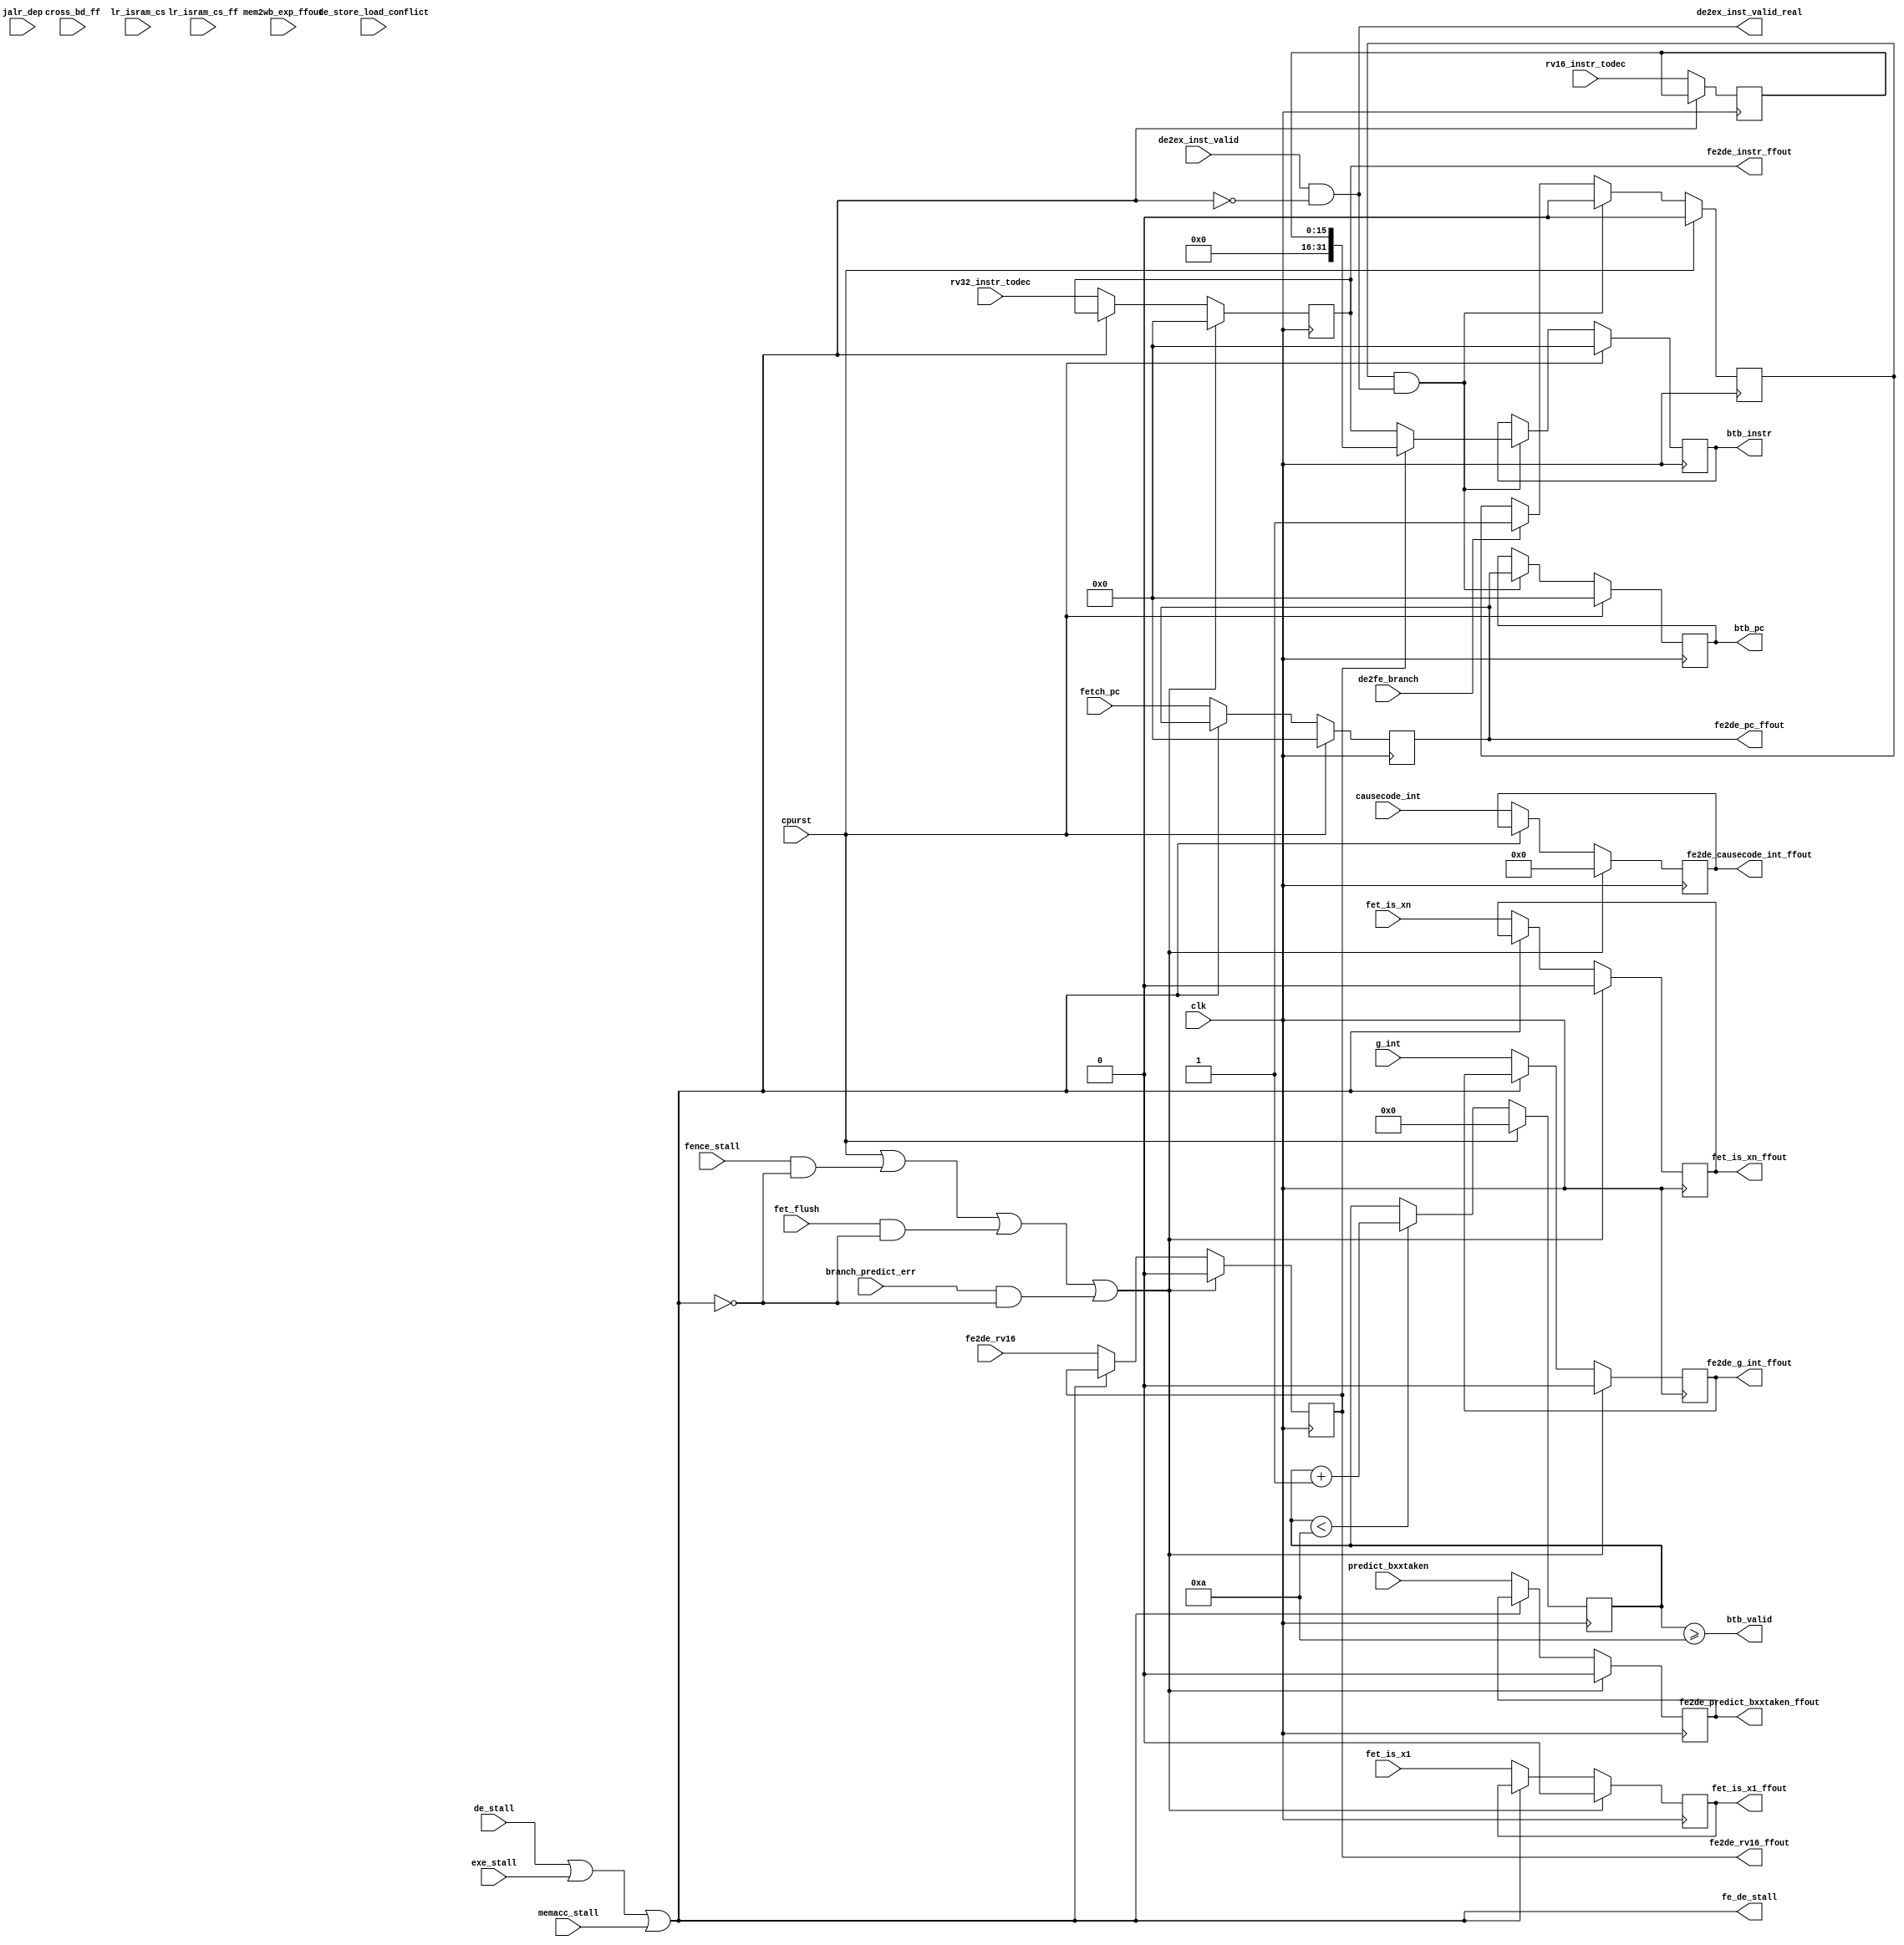
module ft_de(
clk, cpurst, fet_flush,
exe_stall, memacc_stall,
de_stall, //exe_store_load_conflict, readram_stall, mem_stall, mult_stall, div_stall,
fetch_pc, rv32_instr_todec,
fet_is_x1, fet_is_xn, predict_bxxtaken, fe2de_rv16,
mem2wb_exp_ffout, //interrupt, 
branch_predict_err,
cross_bd_ff,
de_store_load_conflict,
de2fe_branch, de2ex_inst_valid,
rv16_instr_todec,
lr_isram_cs, lr_isram_cs_ff,
jalr_dep,
fence_stall,
causecode_int,
g_int,
//

fe2de_pc_ffout, fe2de_instr_ffout, 
fet_is_x1_ffout, fet_is_xn_ffout,
fe2de_predict_bxxtaken_ffout,
fe2de_rv16_ffout, 
//fet_stall,
btb_pc, btb_instr, btb_valid,
fe2de_causecode_int_ffout,
fe2de_g_int_ffout,
de2ex_inst_valid_real,
fe_de_stall

);
input clk, cpurst, fet_flush, de_stall; //, exe_store_load_conflict, readram_stall, mem_stall, mult_stall, div_stall;
input exe_stall, memacc_stall;
input [31:0] fetch_pc, rv32_instr_todec;
input fet_is_x1, fet_is_xn, predict_bxxtaken, fe2de_rv16;
input mem2wb_exp_ffout;
//input interrupt;
input branch_predict_err;
input cross_bd_ff;
input de_store_load_conflict;
input de2fe_branch, de2ex_inst_valid;
input [15:0] rv16_instr_todec;
input lr_isram_cs, lr_isram_cs_ff;
input jalr_dep;
input fence_stall;
input [4:0] causecode_int;
input g_int;
//

output [31:0] fe2de_pc_ffout, fe2de_instr_ffout;
output fet_is_x1_ffout, fet_is_xn_ffout;
output fe2de_predict_bxxtaken_ffout;
output fe2de_rv16_ffout;
//output fet_stall;
output [31:0] btb_pc, btb_instr;
output btb_valid;
output [4:0] fe2de_causecode_int_ffout;
output fe2de_g_int_ffout;
output de2ex_inst_valid_real;
output fe_de_stall;

//assign fet_stall = de_store_load_conflict | de_stall | exe_store_load_conflict | readram_stall | mem_stall | mult_stall | div_stall;
///dff_e_cell #(32) u0 ( .clk(clk), .en(~stall), .d(fetch_pc),         .q(dec_pc) );
///dff_e_cell #(32) u1 ( .clk(clk), .en(~stall), .d(rv32_instr_todec), .q(dec_instr) );
///dff_e_cell #(1) u2  ( .clk(clk), .en(~stall), .d(predict_bxxtaken), .q(fe2de_predict_bxxtaken_ffout) );
///dff_e_cell #(1) u3  ( .clk(clk), .en(~stall), .d(fe2de_rv16), .q(fe2de_rv16_ffout) );

assign stall = de_stall | exe_stall | memacc_stall;
assign fe_de_stall = stall;

assign de2ex_inst_valid_real = de2ex_inst_valid & !stall;
//
reg [31:0] fe2de_instr_ffout;
reg fet_is_x1_ffout, fet_is_xn_ffout;
reg fe2de_predict_bxxtaken_ffout, fe2de_rv16_ffout;
reg [4:0] fe2de_causecode_int_ffout;
reg fe2de_g_int_ffout;

always @(posedge clk)
begin
   if ( cpurst || 
//fence stall will flush following pipe, but stall pc 
       (fence_stall==1     & (~stall)) ||
       (fet_flush          & (~stall)) || 
       (branch_predict_err & (~stall)) 
      )// ||
              /**< insert dummy NOP command to flush pipeline */
     begin       
//       fe2de_instr_ffout <=  0;
       fet_is_x1_ffout <= 0;
       fet_is_xn_ffout <= 0;
       fe2de_predict_bxxtaken_ffout <= 0;
       fe2de_rv16_ffout <= 0;
       fe2de_causecode_int_ffout <= 0;
       fe2de_g_int_ffout <= 0;
     end
   else if (~stall)
     begin
//       fe2de_instr_ffout <=  rv32_instr_todec;
       fet_is_x1_ffout <= fet_is_x1;
       fet_is_xn_ffout <= fet_is_xn;
       fe2de_predict_bxxtaken_ffout <= predict_bxxtaken;
       fe2de_rv16_ffout <= fe2de_rv16;
       fe2de_causecode_int_ffout  <= causecode_int;
       fe2de_g_int_ffout <= g_int;
     end
end

always @(posedge clk)
begin
   if ( cpurst || 
//fence stall will flush following pipe, but stall pc 
       (fence_stall==1     & (~stall)) ||
       (fet_flush          & (~stall)) || 
       (branch_predict_err & (~stall)) 
      )// ||
       // || (cross_bd_ff & !de_stall) )//||
              /**< insert dummy NOP command to flush pipeline */
     begin       
       fe2de_instr_ffout <=  0;
     end
   else if (~stall)
     begin
       fe2de_instr_ffout <=  rv32_instr_todec;
     end
end

reg [31:0] fe2de_pc_ffout;
always @(posedge clk)
begin
   if (cpurst)
     fe2de_pc_ffout = 0;
   else if (~stall)
     fe2de_pc_ffout = fetch_pc;
end     

//
// BTB, branch target buffer : only 1 item
//
reg [15:0] fe2de_rv16_instr_ffout;
always @(posedge clk)
begin
  if (~stall)
    fe2de_rv16_instr_ffout <=  rv16_instr_todec;
end

// prevent btb hit reset pc value
reg [3:0] btb_dlycnt;
always @(posedge clk)
  begin
    if (cpurst)
      btb_dlycnt <= 4'b0;
    else if (btb_dlycnt < 4'd10)
      btb_dlycnt <= btb_dlycnt+1'b1;
  end
assign btb_valid = (btb_dlycnt >= 4'd10);

reg btb_en;
always @(posedge clk)
  begin
    if (cpurst)
      btb_en <= 1'b0;
    else if (btb_en & de2ex_inst_valid_real) //de2ex_inst_valid)
      btb_en <= 1'b0;
    else if (de2fe_branch)
      btb_en <= 1'b1;
  end

reg [31:0] btb_pc, btb_instr;
always @(posedge clk)
  begin
    if (cpurst)
      begin
        btb_pc <= 0;
        btb_instr <= 0;
      end
    else if (btb_en & de2ex_inst_valid_real) //de2ex_inst_valid)
      begin
        btb_pc <= fe2de_pc_ffout;
        btb_instr <= fe2de_rv16_ffout ? {16'b0,fe2de_rv16_instr_ffout} : fe2de_instr_ffout;
      end
  end
endmodule